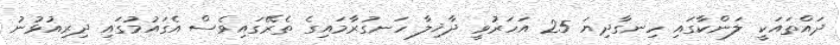
ދައްތައަކީ ލަންކާގައި ހިނގާދިޔަ 25 އަހަރުވީ ދާޚިލާ ހަނގުރާމައިގެ ތެރޭގައިވެސް އެގައުމުގައި ދިރިއުޅުނު